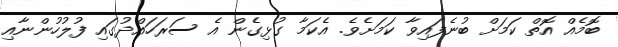
ބޮމެއް އޮތް ކަމަށް ބުނެފައިވާ ކަމަށެވެ. އެކަމާ ގުޅިގެން އެ ސަރަހައްދުގައި ފުލުހުންނާއި